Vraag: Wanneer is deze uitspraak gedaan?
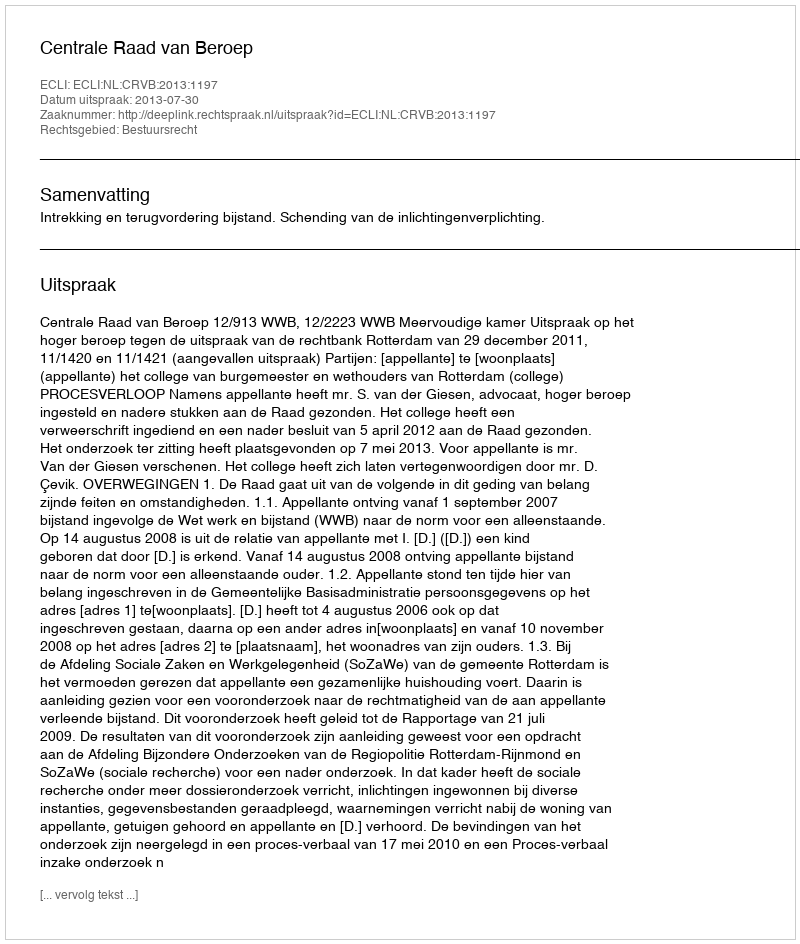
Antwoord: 2013-07-30